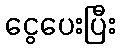
ငွေပေးပြီး